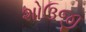
શોઉજી